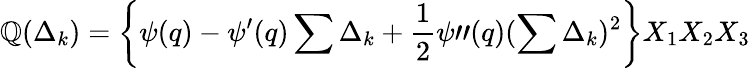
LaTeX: {\cal\mathbb{Q}}(\Delta_{k})=\left\{ \psi(q)-\psi^{\prime}(q)\sum\Delta_{k}+\frac{{1}}{{2}}\psi"(q)(\sum\Delta_{k})^{2}\right\} X_{1}X_{2}X_{3}